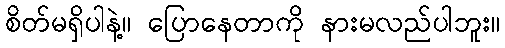
စိတ်မရှိပါနဲ့။ ပြောနေတာကို နားမလည်ပါဘူး။